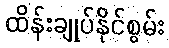
ထိန်းချုပ်နိုင်စွမ်း